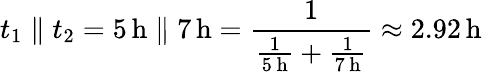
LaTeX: t_{1}\parallel t_{2}=5\, \mathrm{h}\parallel 7\, \mathrm{h}={\frac{1}{{\frac{1}{5\, \mathrm{h}}}+{\frac{1}{7\, \mathrm{h}}}}}\approx 2.92\, \mathrm{h}